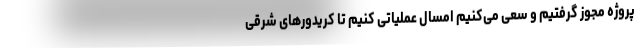
پروژه مجوز گرفتیم و سعی می‌کنیم امسال عملیاتی کنیم تا کریدورهای شرقی